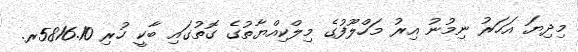
މިދިޔަ އަހަރު ނިމުނު އިރު މަހްލޫފުގެ މިލްކިއްޔާތުގެ ގޮތުގައި ބާކީ ހުރި 5816.10ރ.